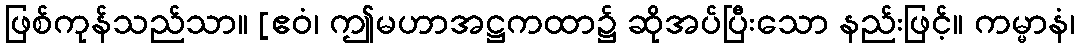
ဖြစ်ကုန်သည်သာ။ [ဧဝံ၊ ဤမဟာအဋ္ဌကထာ၌ ဆိုအပ်ပြီးသော နည်းဖြင့်။ ကမ္မာနံ၊